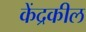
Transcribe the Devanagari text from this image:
केंद्रकील